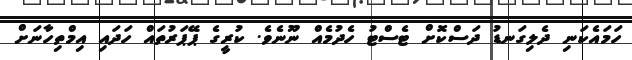
ހަމައެކަނި ދެލިގަނޑު ދަސްކޮށް ޓެސްޓު ހެދުމެއް ނޫނެވެ. ކުރީގެ ޕޭޕަރުތައް ހަދައި އިމްތިހާނަށް